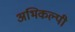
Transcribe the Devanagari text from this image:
अभिकल्पी